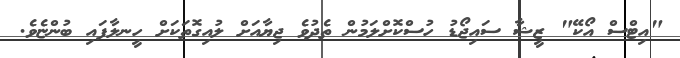
"އިޓްސް އޯކޭ" ޒީޝާ ސައިޖޯޑު ހުސްކޮށްލަމުން ތެދުވެ ޖިޔާއަށް ލުއިގޮތަކަށް ހީނލާފައި ބުންޏެވެ.